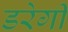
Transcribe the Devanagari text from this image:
डरेगी